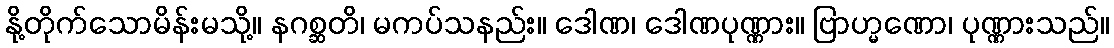
နို့တိုက်သောမိန်းမသို့။ နဂစ္ဆတိ၊ မကပ်သနည်း။ ဒေါဏ၊ ဒေါဏပုဏ္ဏား။ ဗြာဟ္မဏော၊ ပုဏ္ဏားသည်။